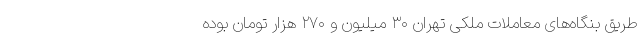
طریق بنگاه‌های معاملات ملکی تهران ۳۰ میلیون و ۲۷۰ هزار تومان بوده